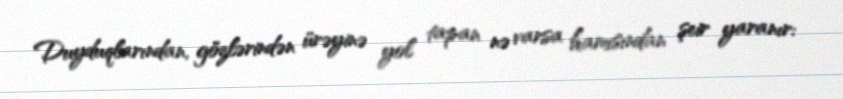
Duyduqlarından, gözlərindən ürəyinə yol tapan nə varsa hamısından şeir yaranır: